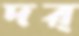
দর্